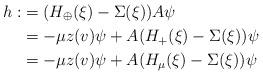
LaTeX: \begin{align*}h:&=(H_{\oplus}(\xi)-\Sigma(\xi))A\psi\\&=-\mu z(v)\psi+A(H_{+}(\xi)-\Sigma(\xi))\psi\\&=-\mu z(v)\psi+A(H_\mu(\xi)-\Sigma(\xi))\psi\end{align*}